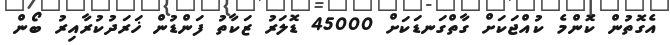
އެގޮތުން ކޮންމެ ކުއްޖަކަށް ގާތްގަނޑަކަށް 45000 ޑޮލަރު ޒަކާތު ފަންޑުން ޚަރަދުކުރާއިރު ބޯން